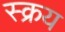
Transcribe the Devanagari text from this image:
स्क्रय